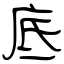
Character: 底